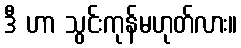
ဒီ ဟာ သွင်းကုန်မဟုတ်လား။